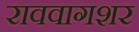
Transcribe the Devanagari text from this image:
राववागशर